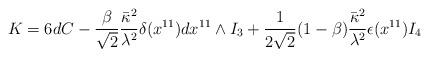
LaTeX: \begin{align*}K = 6 dC - \frac{\beta}{\sqrt{2}} \frac{\bar{\kappa}^2}{\lambda^2} \delta (x^{11}) dx^{11} \wedge I_3+ \frac{1}{2\sqrt{2}} (1-\beta) \frac{\bar{\kappa}^2}{\lambda^2} \epsilon(x^{11} ) I_4\end{align*}